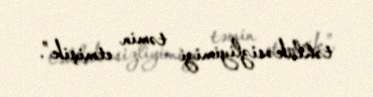
təhlükəsizliyimizi təmin etmişik”.